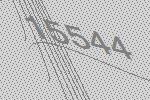
15544